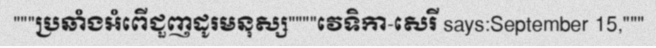
"""ប្រឆាំងអំពើជួញដូរមនុស្ស""""វេទិកា-សេរី says:September 15,"""